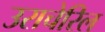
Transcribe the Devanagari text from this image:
उराचेरिल